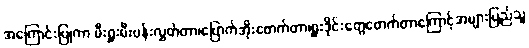
အကြောင်းပြုကာ မီးရှူးမီးပန်းလွှတ်တာ၊ဗြောက်အိုးဖောက်တာ၊ရှူးဒိုင်းတွေဖောက်တာကြောင့်အများပြည်သူ